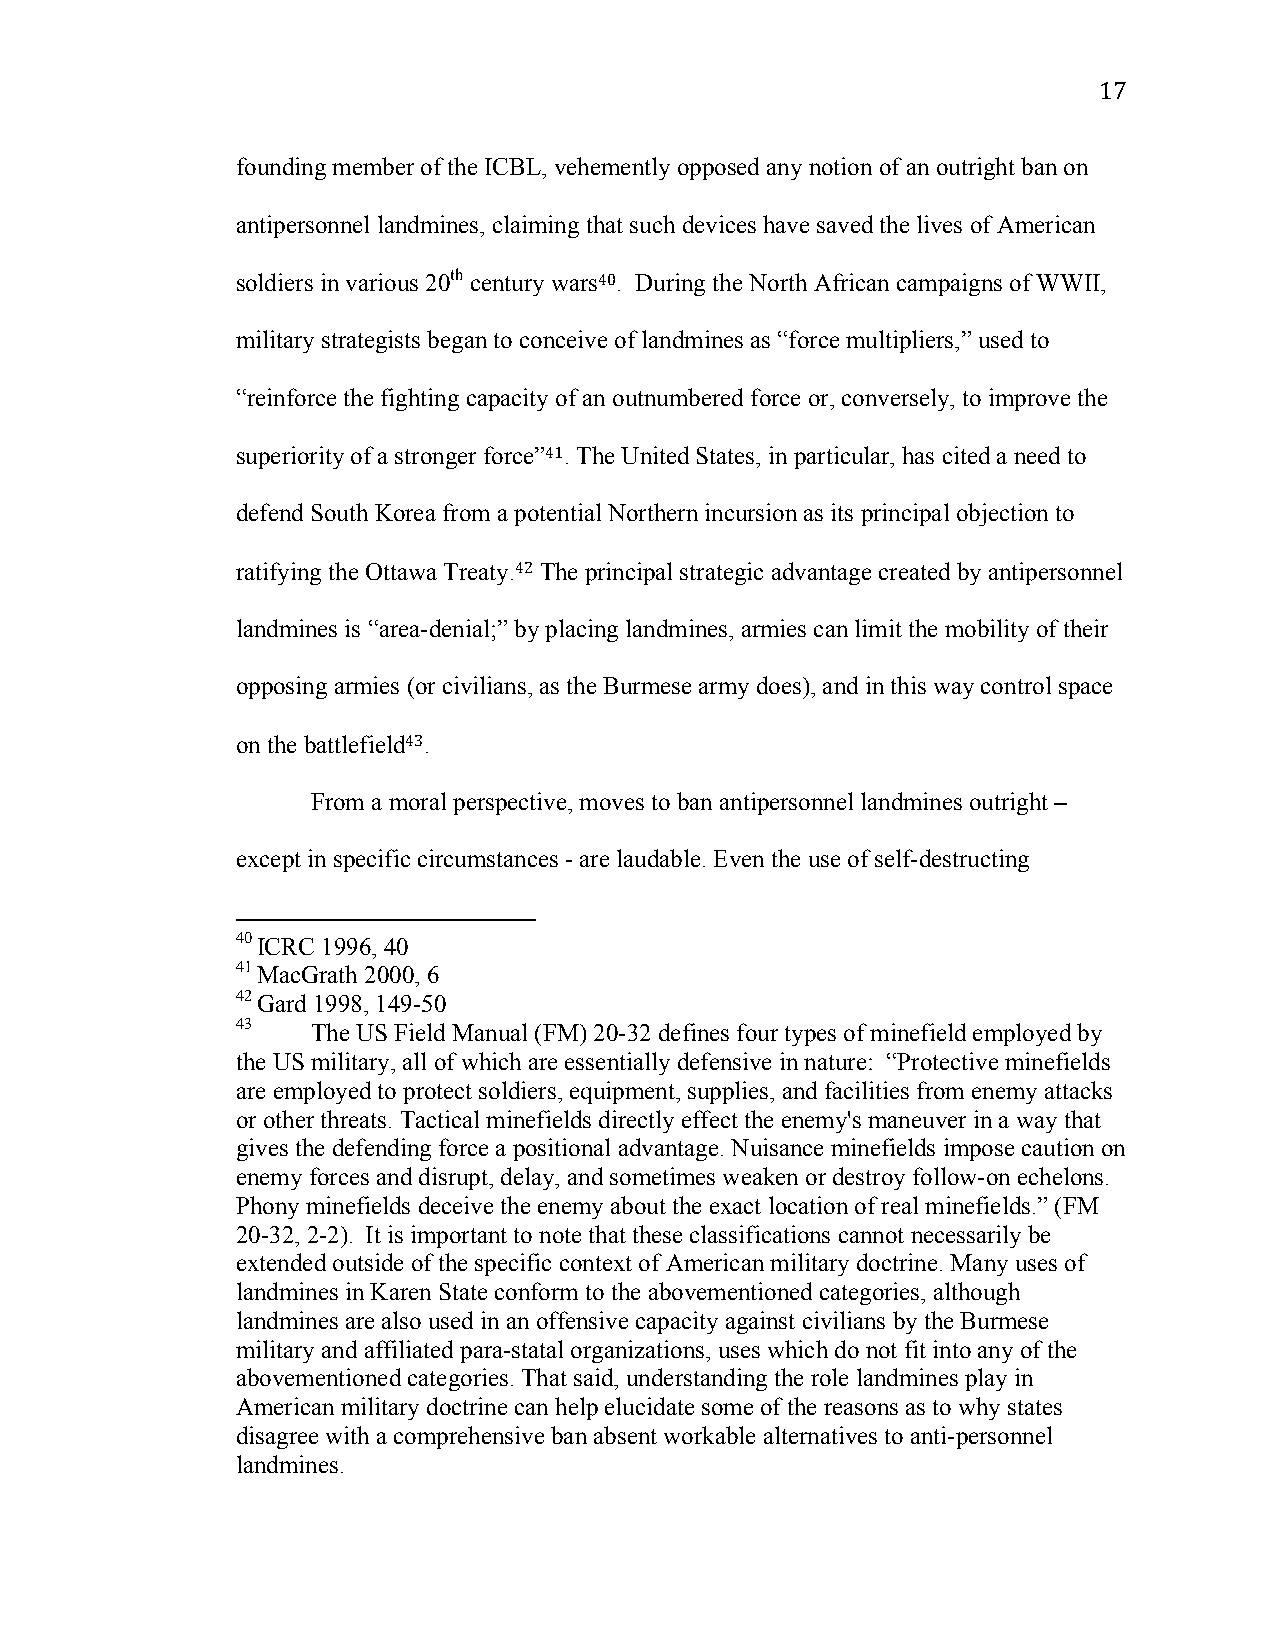
17
 founding member of the ICBL, vehemently opposed any notion of an outright ban on
 antipersonnel landmines, claiming that such devices have saved the lives of American
 soldiers in various 20th century wars40. During the North African campaigns of WWII,
 military strategists began to conceive of landmines as “force multipliers,” used to
 “reinforce the fighting capacity of an outnumbered force or, conversely, to improve the
 superiority of a stronger force”41. The United States, in particular, has cited a need to
 defend South Korea from a potential Northern incursion as its principal objection to
 ratifying the Ottawa Treaty.42 The principal strategic advantage created by antipersonnel
 landmines is “area-denial;” by placing landmines, armies can limit the mobility of their
 opposing armies (or civilians, as the Burmese army does), and in this way control space
 on the battlefield43.
 From a moral perspective, moves to ban antipersonnel landmines outright –
 except in specific circumstances - are laudable. Even the use of self-destructing
 40 ICRC 1996, 40
 41 MacGrath 2000, 6
 42 Gard 1998, 149-50
 43   The US Field Manual (FM) 20-32 defines four types of minefield employed by
 the US military, all of which are essentially defensive in nature: “Protective minefields
 are employed to protect soldiers, equipment, supplies, and facilities from enemy attacks
 or other threats. Tactical minefields directly effect the enemy's maneuver in a way that
 gives the defending force a positional advantage. Nuisance minefields impose caution on
 enemy forces and disrupt, delay, and sometimes weaken or destroy follow-on echelons.
 Phony minefields deceive the enemy about the exact location of real minefields.” (FM
 20-32, 2-2). It is important to note that these classifications cannot necessarily be
 extended outside of the specific context of American military doctrine. Many uses of
 landmines in Karen State conform to the abovementioned categories, although
 landmines are also used in an offensive capacity against civilians by the Burmese
 military and affiliated para-statal organizations, uses which do not fit into any of the
 abovementioned categories. That said, understanding the role landmines play in
 American military doctrine can help elucidate some of the reasons as to why states
 disagree with a comprehensive ban absent workable alternatives to anti-personnel
 landmines.